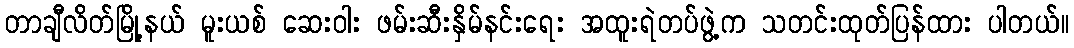
တာချီလိတ်မြို့နယ် မူးယစ် ဆေးဝါး ဖမ်းဆီးနှိမ်နင်းရေး အထူးရဲတပ်ဖွဲ့က သတင်းထုတ်ပြန်ထား ပါတယ်။